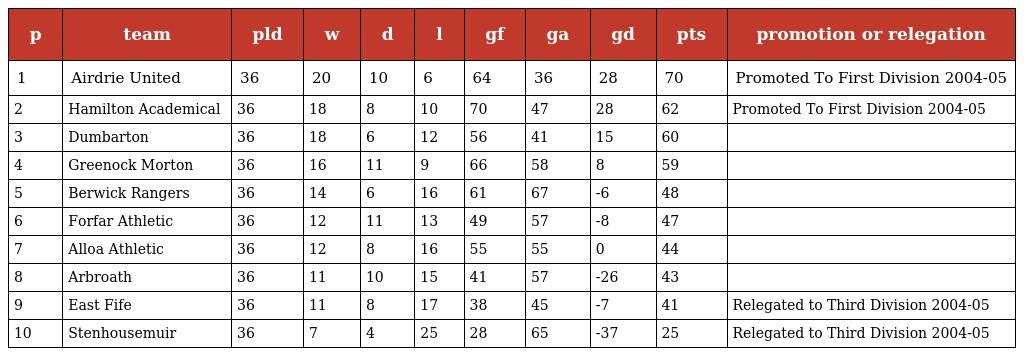
| p | team | pld | w | d | l | gf | ga | gd | pts | promotion or relegation |
 | --- | --- | --- | --- | --- | --- | --- | --- | --- | --- | --- |
 | 1 | Airdrie United | 36 | 20 | 10 | 6 | 64 | 36 | 28 | 70 | Promoted To First Division 2004-05 |
 | 2 | Hamilton Academical | 36 | 18 | 8 | 10 | 70 | 47 | 28 | 62 | Promoted To First Division 2004-05 |
 | 3 | Dumbarton | 36 | 18 | 6 | 12 | 56 | 41 | 15 | 60 |  |
 | 4 | Greenock Morton | 36 | 16 | 11 | 9 | 66 | 58 | 8 | 59 |  |
 | 5 | Berwick Rangers | 36 | 14 | 6 | 16 | 61 | 67 | -6 | 48 |  |
 | 6 | Forfar Athletic | 36 | 12 | 11 | 13 | 49 | 57 | -8 | 47 |  |
 | 7 | Alloa Athletic | 36 | 12 | 8 | 16 | 55 | 55 | 0 | 44 |  |
 | 8 | Arbroath | 36 | 11 | 10 | 15 | 41 | 57 | -26 | 43 |  |
 | 9 | East Fife | 36 | 11 | 8 | 17 | 38 | 45 | -7 | 41 | Relegated to Third Division 2004-05 |
 | 10 | Stenhousemuir | 36 | 7 | 4 | 25 | 28 | 65 | -37 | 25 | Relegated to Third Division 2004-05 |